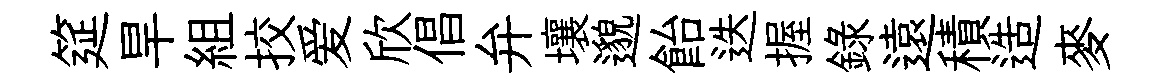
筵旱組挍爱欣倡弁壤邈飴迭握録遠積造麥